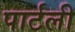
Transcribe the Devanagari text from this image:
पार्टली